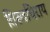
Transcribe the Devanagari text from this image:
तिरूवधिराय